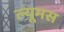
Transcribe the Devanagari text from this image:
ल्यूमस